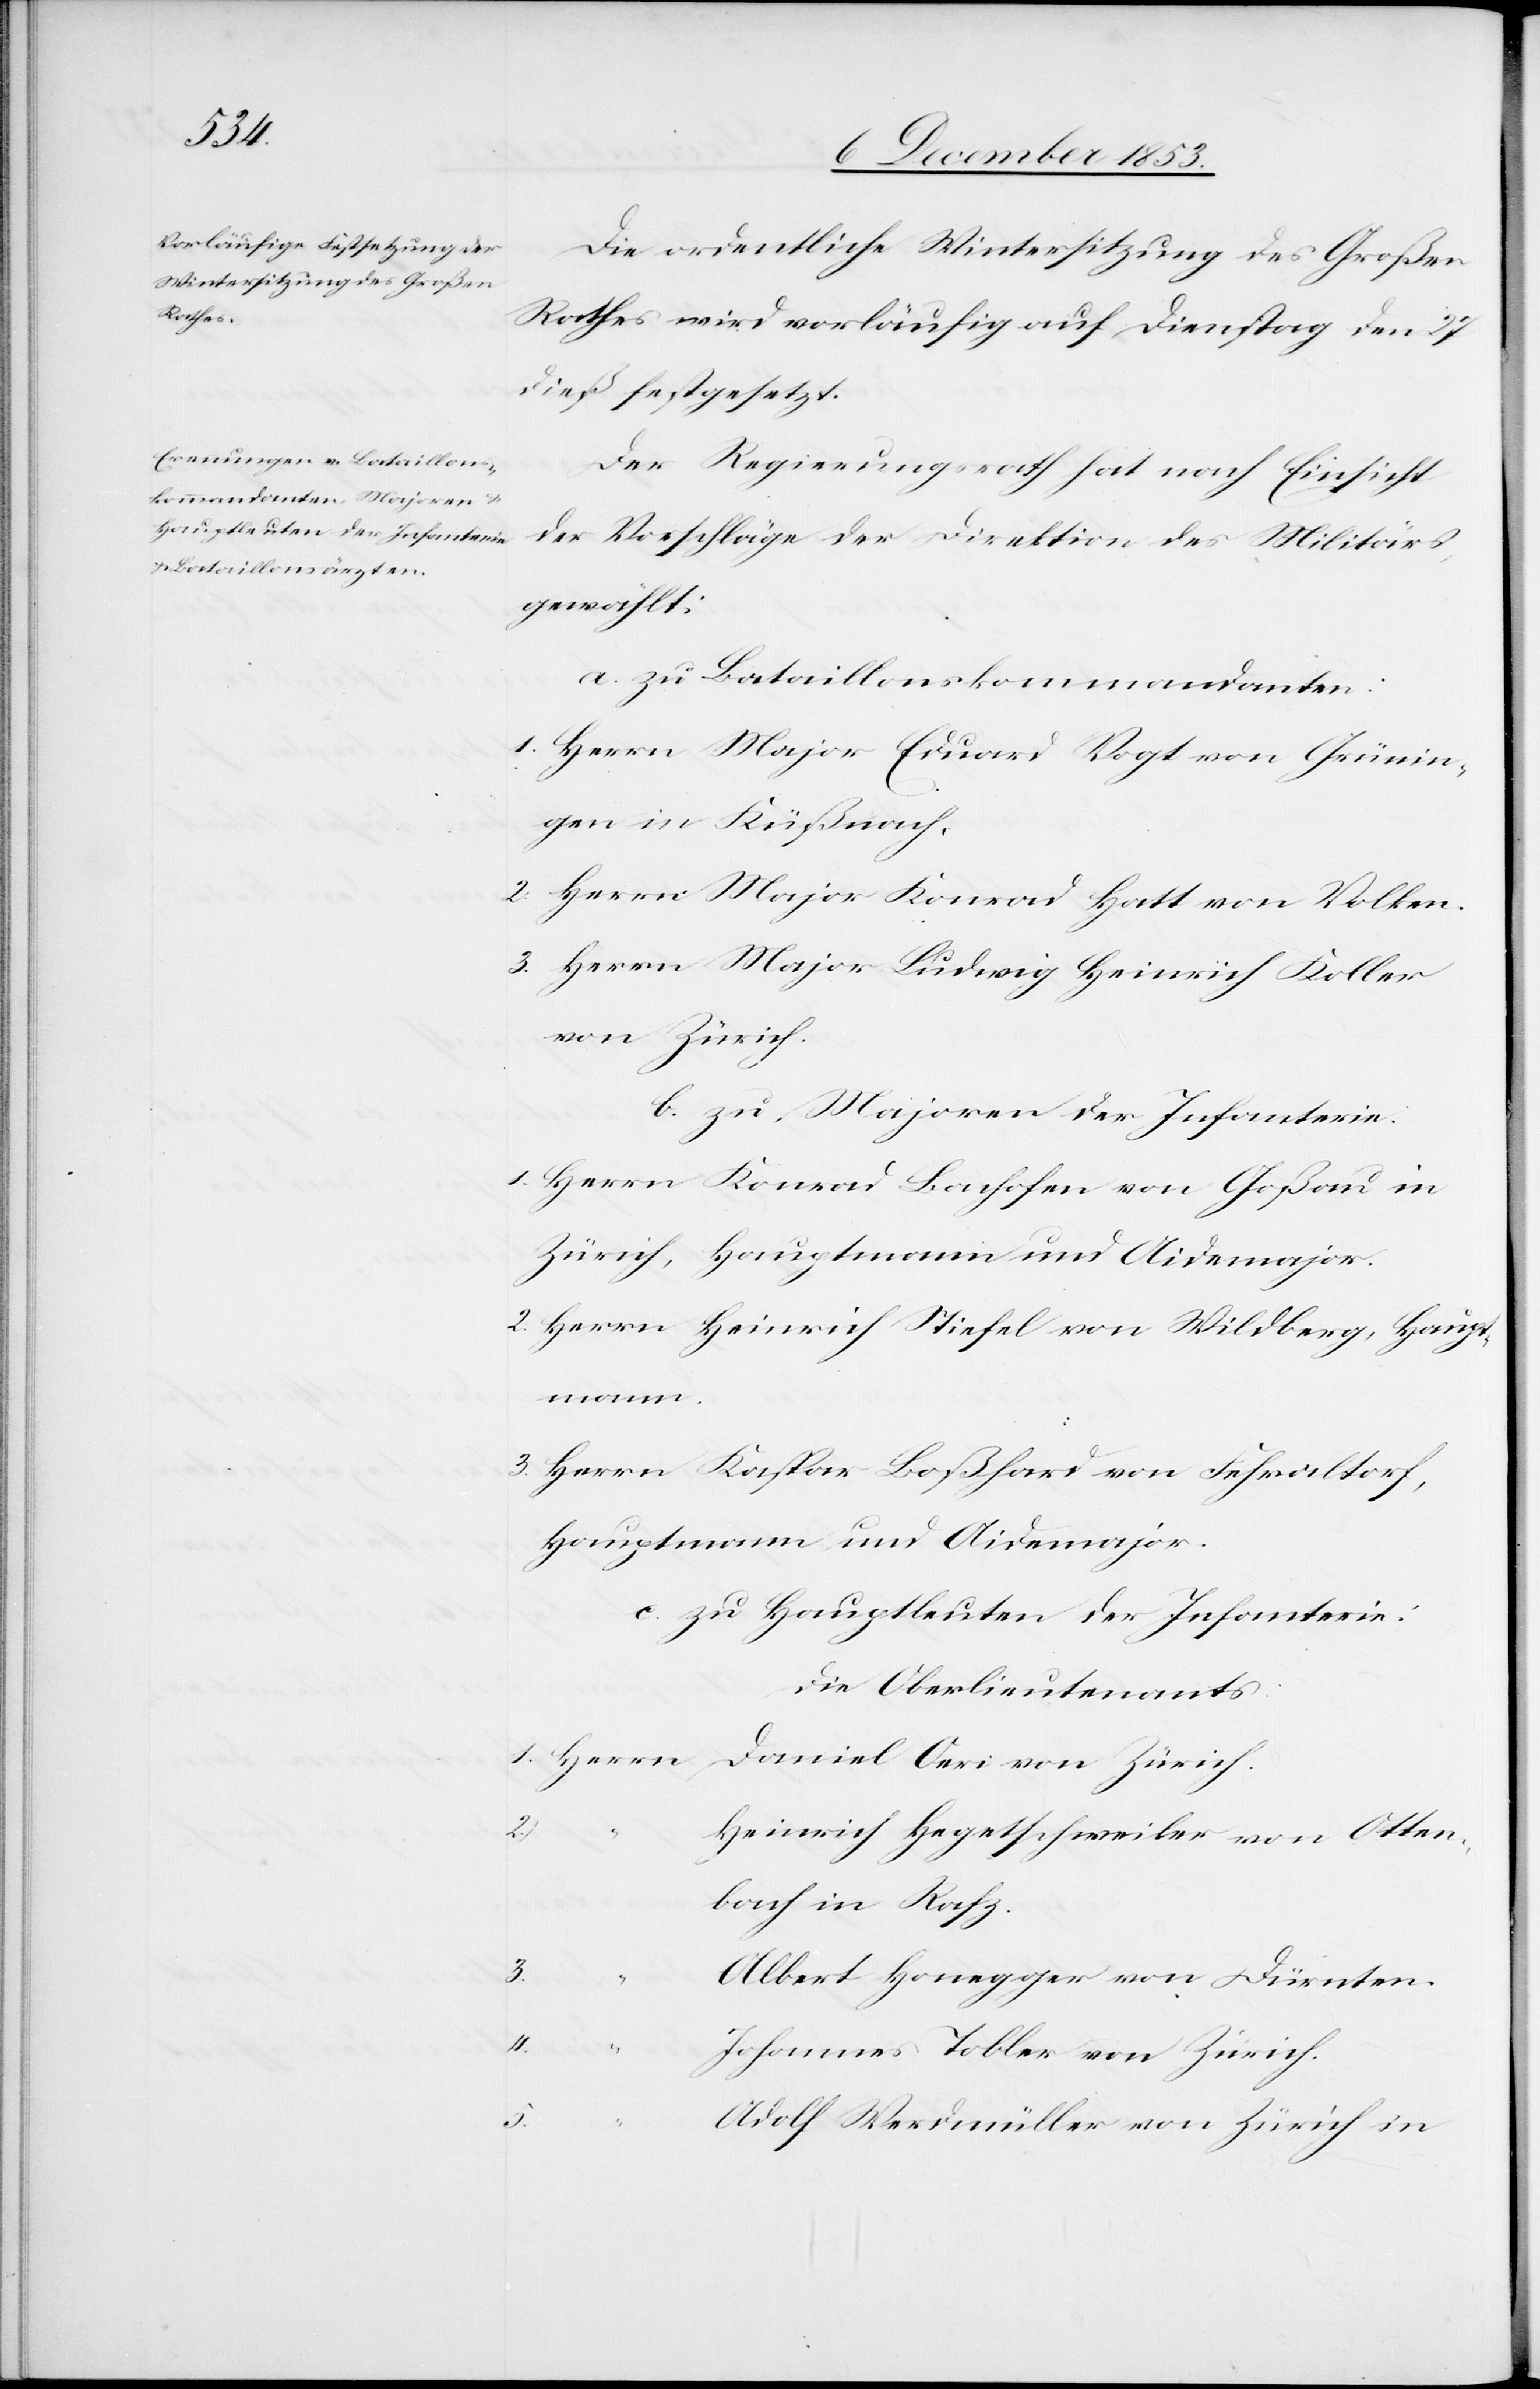
“		A¬

Die ordentliche Wintersitzung des Großen
Rathes wird vorläufig auf Dienstag den 27
dieß festgesetzt.
Der Regierungsrath hat nach Einsicht
der Vorschläge der Direktion des Militärs
gewählt:
a. zu Bataillonskommandanten:
1. Herrn Major Eduard Vogt von Grünin¬
gen in Küßnach.
2. Herrn Major Konrad Hatt von Volken.
3. Herrn Major Ludwig Heinrich Koller
von Zürich.
b. zu Majoren der Infanterie.
1. Herrn Konrad Bachofen von Goßau in
Zürich, Hauptmann und Aidemajor.
2. Herrn Heinrich Stiefel von Wildberg, Haup¬
tmann.
3. Herrn Kaspar Boßhard von Fehraltorf,
Hauptmann und Aidemajor.
c. zu Hauptleuten der Infanterie:
die Oberlieutnants:
1. Herrn Daniel Oeri von Zürich.
2.
Heinrich Hegetschweiler von Otten¬
bach in Rafz.
3.
Albert Honegger von Dürnten.
4.
Johannes Tobler von Zürich.
5.
dolf Werdemüller von Zürich in